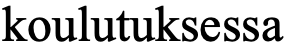
koulutuksessa